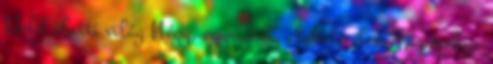
Hold alatti világ Négy, egymásba alakuló elem Tűz meleg,